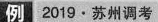
例 2019\cdot 苏州调考